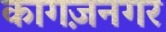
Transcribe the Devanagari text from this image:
कागज़नगर